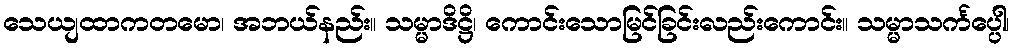
သေယျထာကတမော၊ အဘယ်နည်း။ သမ္မာဒိဋ္ဌိ၊ ကောင်းသောမြင်ခြင်းလည်းကောင်း။ သမ္မာသင်္ကပ္ပေါ၊